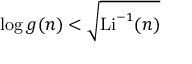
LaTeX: \log g ( n ) < { \sqrt { \operatorname { L i } ^ { - 1 } ( n ) } }